Plague in India, 1896, 1897 - Volume 1
Year: 1896
Disease focus: Plague
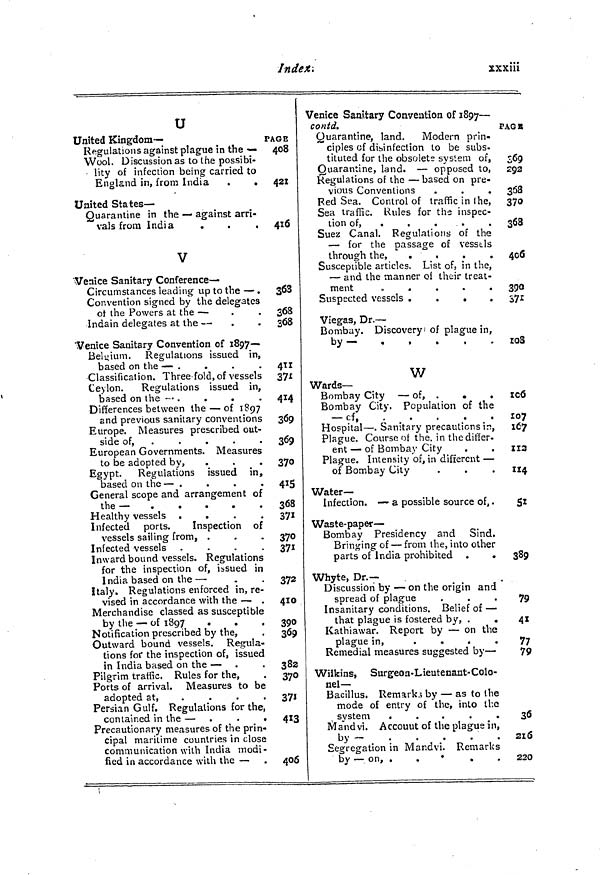
Index.
xxxiii
U
United Kingdom-
Regulations against plague in the —
Wool. Discussion as to the possibi-
lity of infection being carried to
England in, from India
.
.
United States-
Quarantine in the — against arri-
vals from India
V
Venice Sanitary Conference —
Circumstances leading up to the — .
Convention signed by the delegates
ot the Powers at the —
Indain delegates at the —
Venice Sanitary Convention of 1897—
Belgium. Regulations issued in,
based on the — .
Classification. Three fold, of vessels
Ceylon.
Regulations issued in,
based on the — .
.
.
Differences between the — of 1897
and previous sanitary conventions
Europe. Measures prescribed out-
side of,
.....
European Governments. Measures
to be adopted by,
.
Egypt. Regulations issued in,
based on the — .
General scope and arrangement of
the —
Healthy vessels .
.
.
.
Infected ports.
Inspection of
vessels sailing from, .
Infected vessels .
.
.
.
Inward bound vessels. Regulations
for the inspection of, issued in
India based on the —
Italy. Regulations enforced in, re-
vised in accordance with the — .
Merchandise classed as susceptible
by the — of 1897
Notification prescribed by the,
Outward bound vessels. Regula-
tions for the inspection of, issued
in India based on the —
Pilgrim traffic. Rules for the,
Ports of arrival. Measures to be
adopted a t ,
....
Persian Gulf. Regulations for the,
contained in the — .
.
.
Precautionary measures of the prin-
cipal maritime countries in close
communication with India modi-
fied in accordance with the —
PAGE
408
421
4l6
363
368
368
411
371
414
369
369
370
415
368
371
370
371
372
410
390
369
382
37°3
71
413
406
Venice Sanitary Convention of 1897—
conta.
Quarantine, land.
Modern prin-
ciples of disinfection to be subs-
tituted for the obsolete system of,
Quarantine, land. — opposed to,
Regulations of the — based on pre-
vious Conventions
.
.
.
Red Sea. Control of traffic in the,
Sea traffic. Rules for the inspec-
tion of,
.....
Suez Canal. Regulations of the
— for the passage of vessels
Susceptible articles. List of, in the,
— and the manner QÍ their treat-
ment
.
.
.
.
Suspected vessels .
.
.
.
Viegas, Dr. —
Bombay. Discovery of plague in,
by —
.
,
W
Wards —
Bombay City — of, .
.
.
Bombay City. Population of the
-cf,
Hospital — . Sanitary precautions in,
Plague. Course of the. in the differ-
ent — of Bombay City
Plague. Intensity of, in different —
of Bombay City
Water—
Infection. — a possible source of, .
Waste-paper —
Bombay Presidency and Sind.
Bringing of — from the, into other
parts of India prohibited .
Why te, Dr.—
Discussion by — on the origin and
spread of plague
Insanitary conditions. Belief of —
that plague is fostered by, .
.
Kathiawar. Report by — on the
plague in,
.
.
.
.
Remedial measures suggested by—
Wilkins, Surgeon-Lieutenant-Colo-
nel —
Bacillus. Remarks by — as to the
mode of entry of the, into the
system
Mandvi. Account of the plague in,
by -
Segregation in Mandvi. Remarks
by — on, .
.
.
PAGE
269
293
368
370
268
406
390
371
107
167
112
114
51
389
79
41
77
79
36
216
220